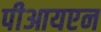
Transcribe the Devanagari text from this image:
पीआयएन